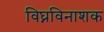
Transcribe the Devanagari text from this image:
विघ्नविनाशक